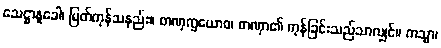
သေဋ္ဌာနူခေါ၊ မြတ်ကုန်သနည်း။ တဏှက္ခယောဝ၊ တဏှာ၏ ကုန်ခြင်းသည်သာလျှင်။ ကသ္မာ၊